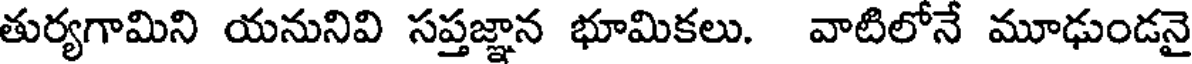
తుర్యగామిని యనునివి సప్తజ్ఞాన భూమికలు. వాటిలోనే మూఢుండనై